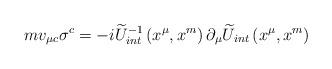
LaTeX: \begin{align*}mv_{\mu c}\sigma ^{c}=-i\widetilde{U}_{int}^{-1}\left( x^{\mu},x^{m}\right) \partial _{\mu }\widetilde{U}_{int}\left( x^{\mu},x^{m}\right)\end{align*}